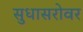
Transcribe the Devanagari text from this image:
सुधासरोवर